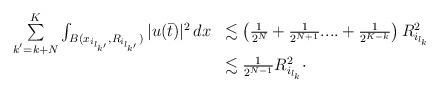
LaTeX: \begin{align*}\begin{array}{ll}\sum\limits_{k^{'}=k+N}^{K} \int_{B(x_{i_{l_{k'}}} ,R_{i_{l_{k'}}} )} |u(\bar{t})|^{2} \, dx & \lesssim \left( \frac{1}{2^{N}} + \frac{1}{2^{N+1}}.... +\frac{1}{2^{K-k}} \right) R_{i_{l_k}}^{2} \\& \lesssim \frac{1}{2^{N-1}} R_{i_{l_k}}^{2} \cdot\end{array}\end{align*}